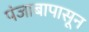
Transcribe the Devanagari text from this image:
पंजाबापासून